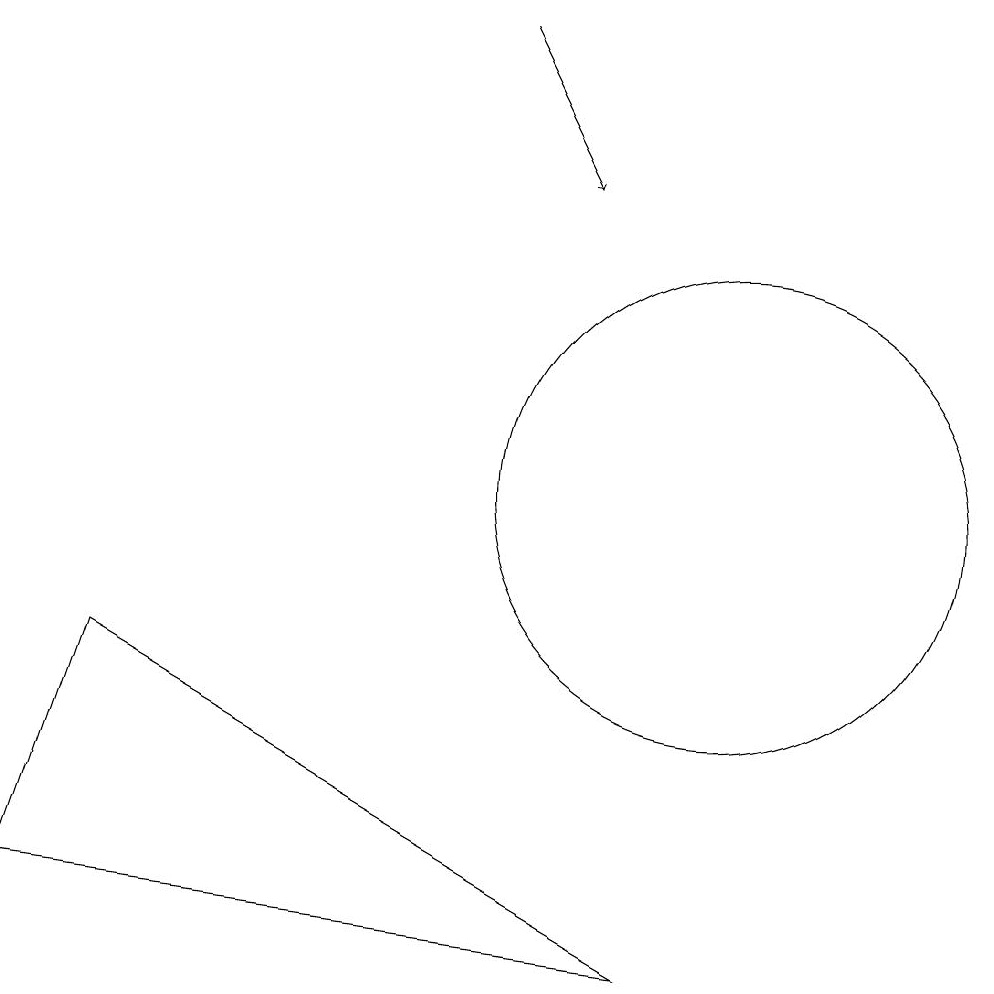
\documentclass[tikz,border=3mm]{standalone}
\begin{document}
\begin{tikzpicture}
\draw (10,11) circle (3);
\draw[->] (7,17) -- (8,15);
\draw (9,5) -- (2,9) -- (1,6) -- cycle;
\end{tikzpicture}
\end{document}